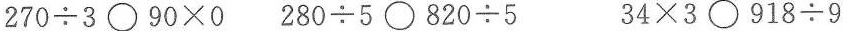
$$2 7 0 {\div} 3 〇 9 0 \times 0$$ $$2 8 0 {\div} 5 〇 8 2 0 {\div} 5$$ $$3 4 \times 3 〇 9 1 8 {\div} 9$$